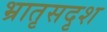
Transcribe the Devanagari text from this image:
भ्रातृसदृश